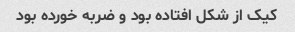
کیک از شکل افتاده بود و ضربه خورده بود